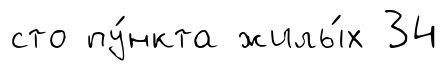
сто пу́нкта жилы́х 34